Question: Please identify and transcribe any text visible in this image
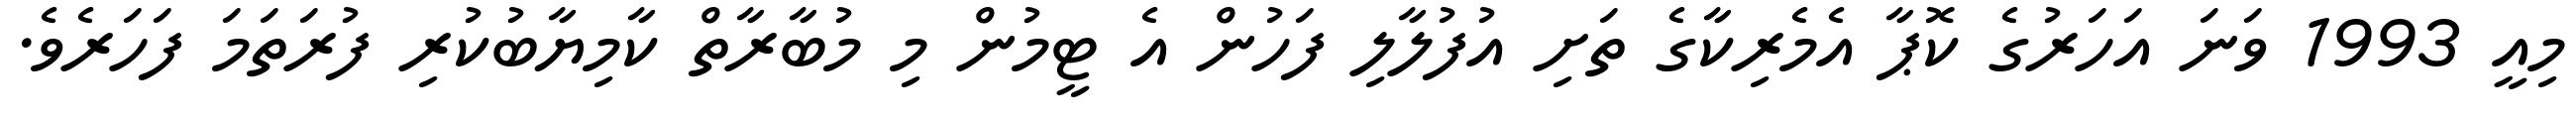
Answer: މިއީ 1993 ވަނަ އަހަރުގެ ކޮޕާ އެމެރިކާގެ ތަށި އުފުލާލި ފަހުން އެ ޓީމުން މި މުބާރާތް ކާމިޔާބުކުރި ފުރަތަމަ ފަހަރެވެ.